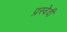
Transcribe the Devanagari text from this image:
प्रस्वेदी